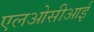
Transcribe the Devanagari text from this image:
एलओसीआई